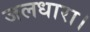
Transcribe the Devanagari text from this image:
जलधारा।